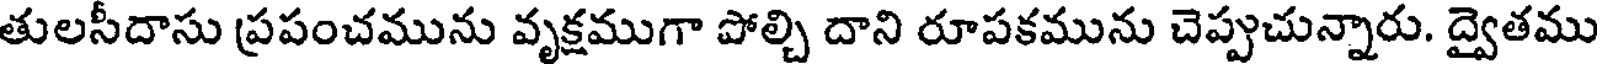
తులసీదాసు ప్రపంచమును వృక్షముగా పోల్చి దాని రూపకమును చెప్పుచున్నారు. ద్వైతము